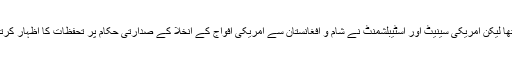
امریکی صدر نے مملکت شام سے فوجی انخلا کا اعلان تو کیا تھا لیکن امریکی سینیٹ اور اسٹیبلشمنٹ نے شام و افغانستان سے امریکی افواج کے انخلا کے صدارتی حکام پر تحفظات کا اظہار کرتے ہوئے امریکی افواج کی موجودگی کو ضروری قرار دیا تھا۔